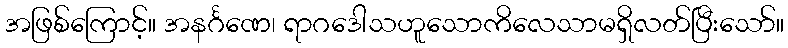
အဖြစ်ကြောင့်။ အနင်္ဂဏေ၊ ရာဂဒေါသဟူသောကိလေသာမရှိလတ်ပြီးသော်။